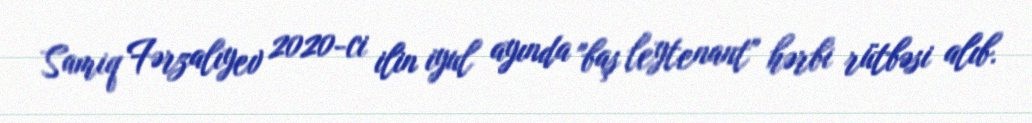
Samiq Fərzalıyev 2020-ci ilin iyul ayında "baş leytenant" hərbi rütbəsi alıb.